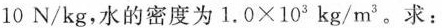
10N/kg，水的密度为1.0×103kg/m3。求：